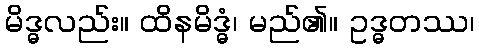
မိဒ္ဓလည်း။ ထိနမိဒ္ဓံ၊ မည်၏။ ဥဒ္ဓတဿ၊